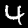
Label: 4